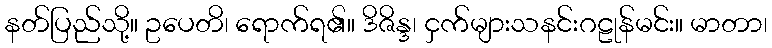
နတ်ပြည်သို့။ ဥပေတိ၊ ရောက်ရ၏။ ဒိဇိန္ဒ၊ ငှက်များသနင်းဂဠုန်မင်း။ မာတာ၊